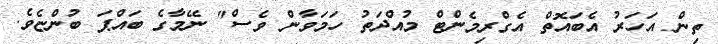
ތިން އަހަރު އެބައޮތް އެގްރިމެންޓް މުއްދަތު ހަމަވާން ވެސް" ނޭމާގެ ބައްޕަ ބުންޏެވެ.